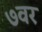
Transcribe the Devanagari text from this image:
७वर